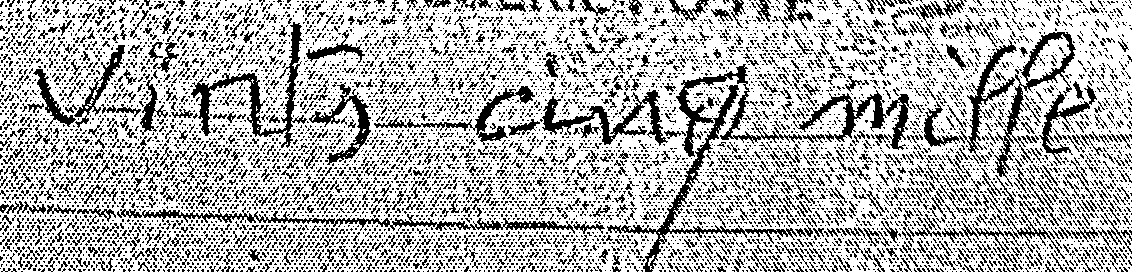
vints cinq mille